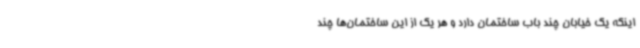
اینکه یک خیابان چند باب ساختمان دارد و هر یک از این ساختمان‌ها چند